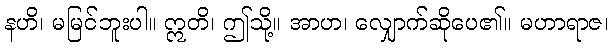
နဟိ၊ မမြင်ဘူးပါ။ ဣတိ၊ ဤသို့။ အာဟ၊ လျှောက်ဆိုပေ၏။ မဟာရာဇ၊